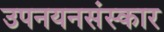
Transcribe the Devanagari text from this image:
उपनयनसंस्कार